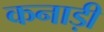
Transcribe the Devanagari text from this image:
कनाड़ी